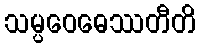
သမ္ပဝေဓေဿတီတိ